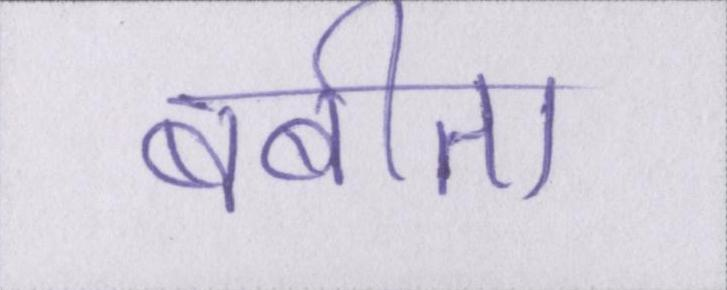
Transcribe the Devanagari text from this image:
बबीता